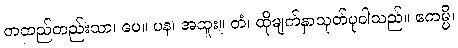
တထည်တည်းသာ၊ ပေ။ ပန၊ အထူး။ တံ၊ ထိုမျက်နှာသုတ်ပုဝါသည်။ ဧကမ္ပိ၊